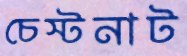
চেস্টনাট